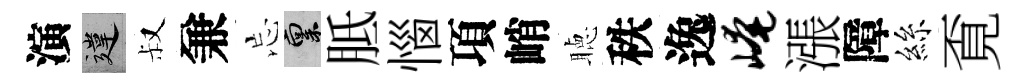
演違叔兼忘禀胝惱項峭聴秩逸崦漲障絲覔